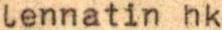
lennatin hk